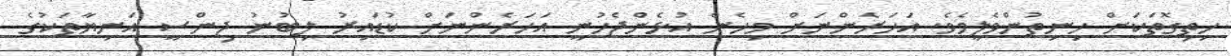
ހިތިގޮތަކަށް ހިނިތުންވެލީމެވެ. އަހަރެންނަށް މިހެން އުޅެންޖެހުނީ އަހަރެންނަށް ކުޑައިރު ލިބުނު ޖިންސީ އަނިޔާތަކުގެ